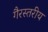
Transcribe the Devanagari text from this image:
गैरस्‍तरीय